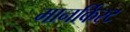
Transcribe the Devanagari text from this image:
मानर्किस्ट